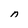
Character: n